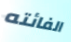
الفائته